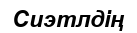
Сиэтлдің